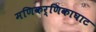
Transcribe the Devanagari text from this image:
मणिकर्णिकाघाट